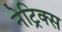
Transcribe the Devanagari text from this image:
नेट्रिक्स